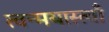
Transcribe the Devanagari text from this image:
त्वन्मयास्त्वाँ